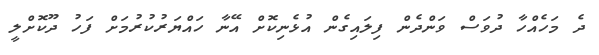
ދެ މަހެއްހާ ދުވަސް ވަންދެން ފިލައިގެން އުޅެނިކޮށް އޭނާ ހައްޔަރުކުރުމަށް ފަހު ދޫކޮށްލީ